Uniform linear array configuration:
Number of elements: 64
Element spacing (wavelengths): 0.5
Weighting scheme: kaiser
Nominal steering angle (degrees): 15
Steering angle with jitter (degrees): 16.297
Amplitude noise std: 0.05
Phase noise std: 0.05

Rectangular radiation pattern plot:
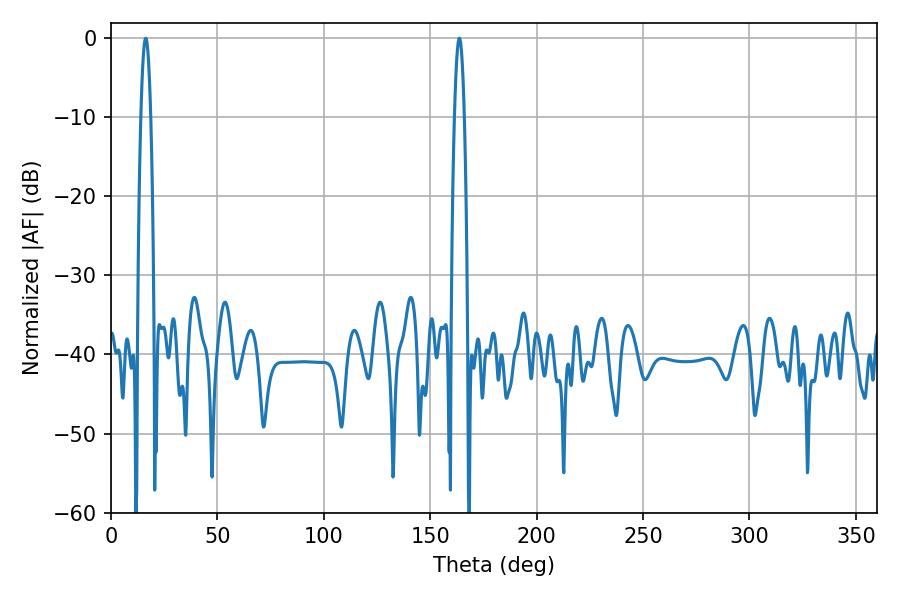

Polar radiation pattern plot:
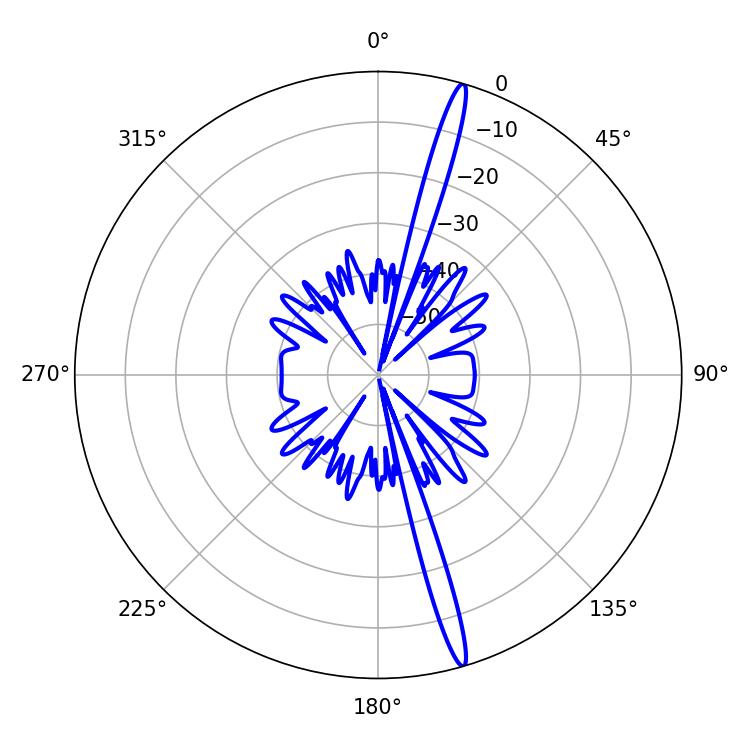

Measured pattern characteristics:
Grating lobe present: FALSE
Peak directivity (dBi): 18.648
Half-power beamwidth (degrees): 2.52
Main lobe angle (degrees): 16.38